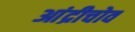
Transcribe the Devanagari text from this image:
आंद्रीचोव